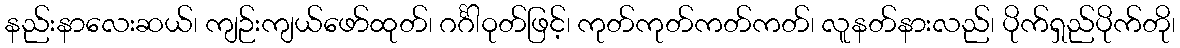
နည်းနာလေးဆယ်၊ ကျဉ်းကျယ်ဖော်ထုတ်၊ ဂင်္ဂါဝုတ်ဖြင့်၊ ကုတ်ကုတ်ကတ်ကတ်၊ လူနတ်နားလည်၊ ပိုက်ရှည်ပိုက်တို၊